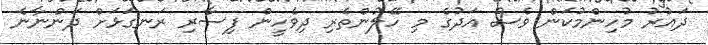
ދައުރު މުހިންމުކަން ވެސް އަދުގެ މި ހޭލުންތެރި ދިވެހީން ފިސާރި ރަނގަޅަށް ދަންނާނެ